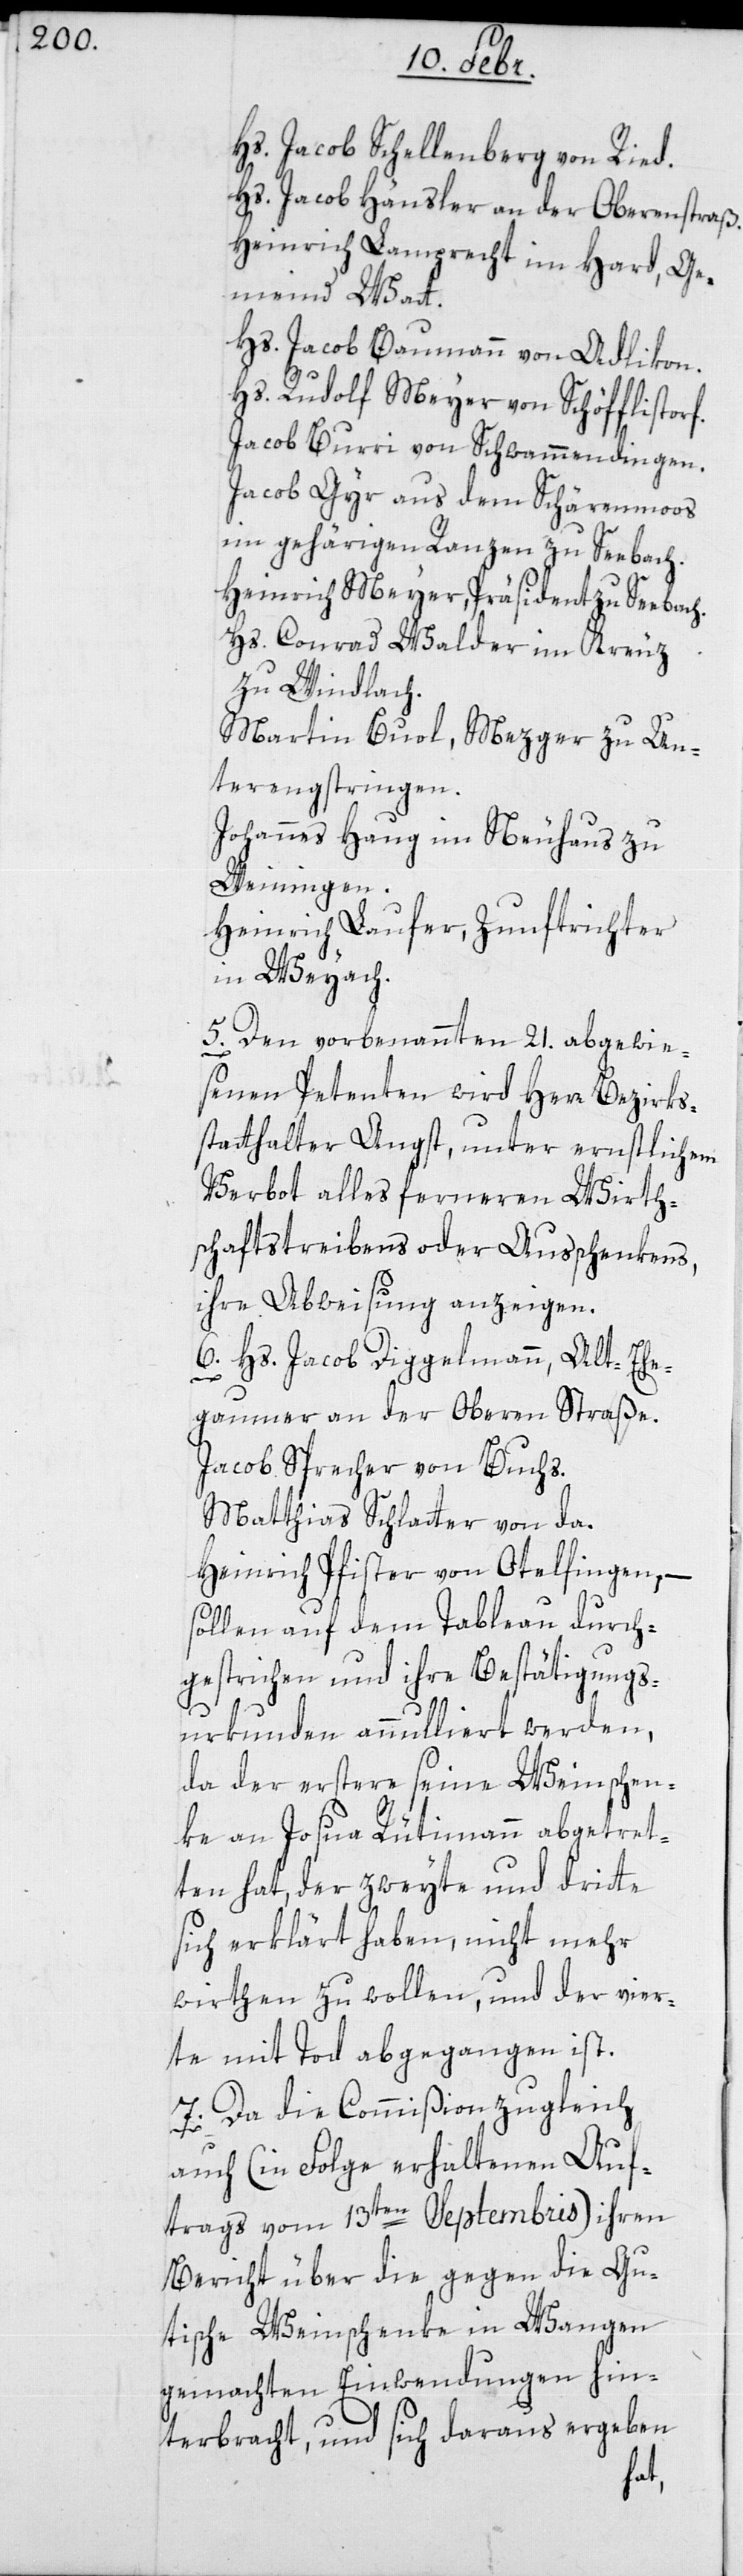
Hs. Jacob Schellenberg von Ried.
Hs. Jacob Häusler an der Oberenstraß.
Heinrich Lamprecht im Hard, Ge¬
meinde Wat¬
Hs. Jacob Baumann von Adlikon.
Hs. Rudolf Meyer von Schöfflisdorf.
Jacob Burri von Schwammendingen.
Jacob Gyr aus dem Schärenmoos
im gehörigen Ranzen zu Seebach.
Heinrich Meyer, Präsident zu Seebach.
Hs. Conrad Walder im Kreuz
zu Windlach.
Martin Buol, Mezger, zu Un¬
terengstringen.
Johannes Haug, im Neuhaus zu
Weiningen.
Heinrich Laufer, Zunftrichter
in Weyach.
5. Den vorbenannten 21. abgewie¬
senen Petenten wird Herr Bezirks¬
statthalter Angst, unter ernstlichem
Verbot alles ferneren Wirth¬
schaftstreibens oder Außchenkens,
ihre Abweisung anzeigen.
6. Hs. Jacob Diggelmann, Alt-Ehe¬
gaumer an der Oberen Straße.
Jacob Sprecher von Buchs.
Matthias Schlatter von da.
Heinrich Pfister von Ottelfingen;
sollen auf dem Tableau durch¬
gestrichen und ihre Bestätigungs-U¬
t.
rkunden annulliert werden,
da der erstere seine Weinschn¬
ke an Josua Rütimann abgetre¬
ten hat, der zweyte und dritte
sich erklärt haben, nicht mehr
wirthen zu wollen, und der vier¬
te mit Tod abgegangen ist.
7. Da die Commißion zugleich
auch (in Folge erhaltenen Auf¬
trags vom 13ten Septembris) ihren
Bericht über die gegen die Gu¬
tische Weinschenke in Wangen
gemachten Einwendungen hin¬
terbracht, und sich daraus ergeben